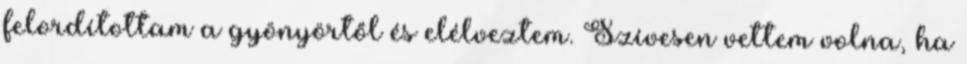
felordítottam a gyönyörtől és elélveztem. Szívesen vettem volna, ha